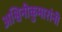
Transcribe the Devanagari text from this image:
अश्विनीकुमारांनी